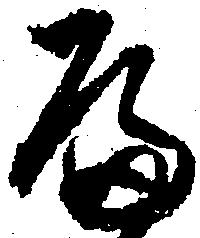
へ